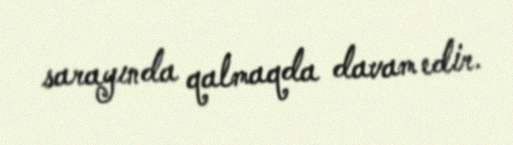
sarayında qalmaqda davam edir.